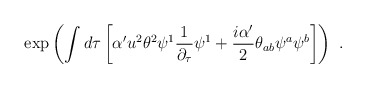
\begin{align*}\exp\left(\int d\tau\left[\alpha'u^2\theta^2\psi^1\frac{1}{\partial_{\tau}}\psi^1 +\frac{i\alpha'}{2}\theta_{ab}\psi^a\psi^b\right]\right) \ .\end{align*}